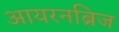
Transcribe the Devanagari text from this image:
आयरनब्रिज